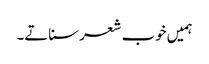
ہمیں خوب شعر سناتے۔